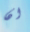
ان